Document type: Dowry
Year: 1238
Scribe: Berenguer Jaume
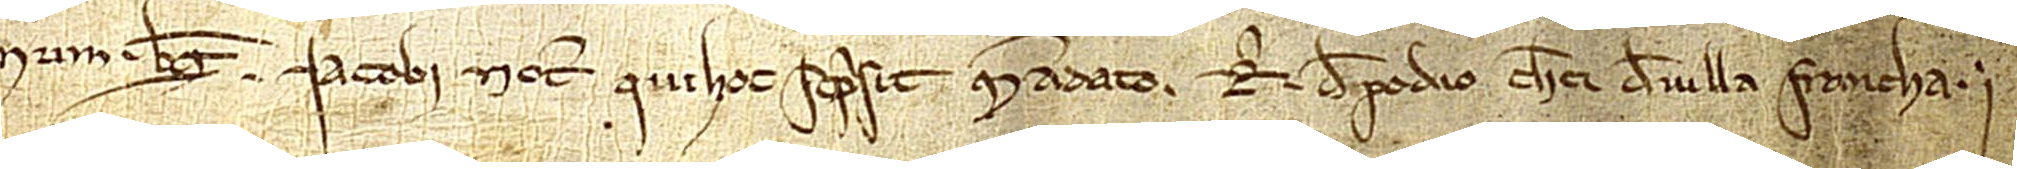
num Berengarii Iacobi, notarii, qui hoc scripsit mandato Ri de Podio, clerici de Villa Francha.